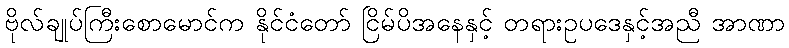
ဗိုလ်ချုပ်ကြီးစောမောင်က နိုင်ငံတော် ငြိမ်ပိအနေနှင့် တရားဥပဒေနှင့်အညီ အာဏာ